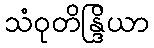
သံဝုတိန္ဒြိယာ